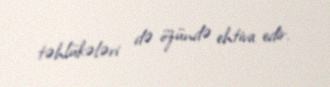
təhlükələri də özündə ehtiva edir.